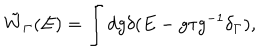
LaTeX: \tilde { W } _ { \Gamma } ( E ) = \int d g \delta ( E - g \tau g ^ { - 1 } \delta _ { \Gamma } ) ,